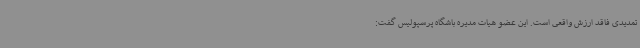
تمدیدی فاقد ارزش واقعی است. این عضو هیات مدیره باشگاه پرسپولیس گفت: